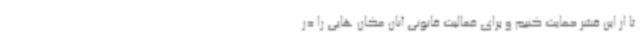
تا از این قشر حمایت کنیم و برای فعالیت قانونی آنان مکان هایی را در